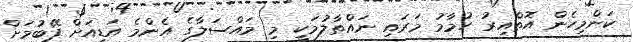
ކަންމިހެން އޮތްއިރު ހުމާމު މަރައި ނައްތާލުމަކީ މި މައްސަލާގެ އެންމެ އަޑިއަށް ފޭބުމަށް